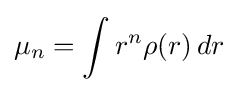
\mu _{n}=\int r^{n}\rho (r)\,dr